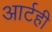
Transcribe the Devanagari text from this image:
आर्टही